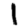
Digit: 1